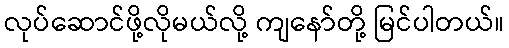
လုပ်ဆောင်ဖို့လိုမယ်လို့ ကျနော်တို့ မြင်ပါတယ်။